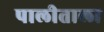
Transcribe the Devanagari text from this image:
पालीताला